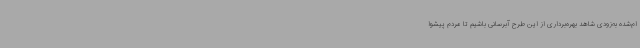
ام‌شده به‌زودی شاهد بهره‌برداری از این طرح آبرسانی باشیم تا مردم پیشوا